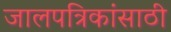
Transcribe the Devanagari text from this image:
जालपत्रिकांसाठी